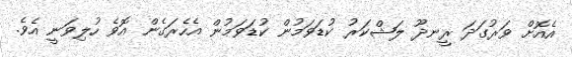
އެއޮށް ވަރުގަދަ ރީނދޫ ލަޝްކަރު ކުޑަވަމުން ކުޑަވަމުން އެހެރަގެން އޮވެ ހުލިވަނީ އެވެ.